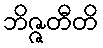
ဘိဇ္ဇတီတိ